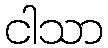
ငါသာ